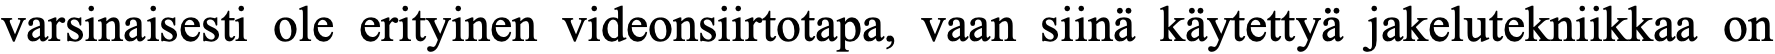
varsinaisesti ole erityinen videonsiirtotapa, vaan siinä käytettyä jakelutekniikkaa on